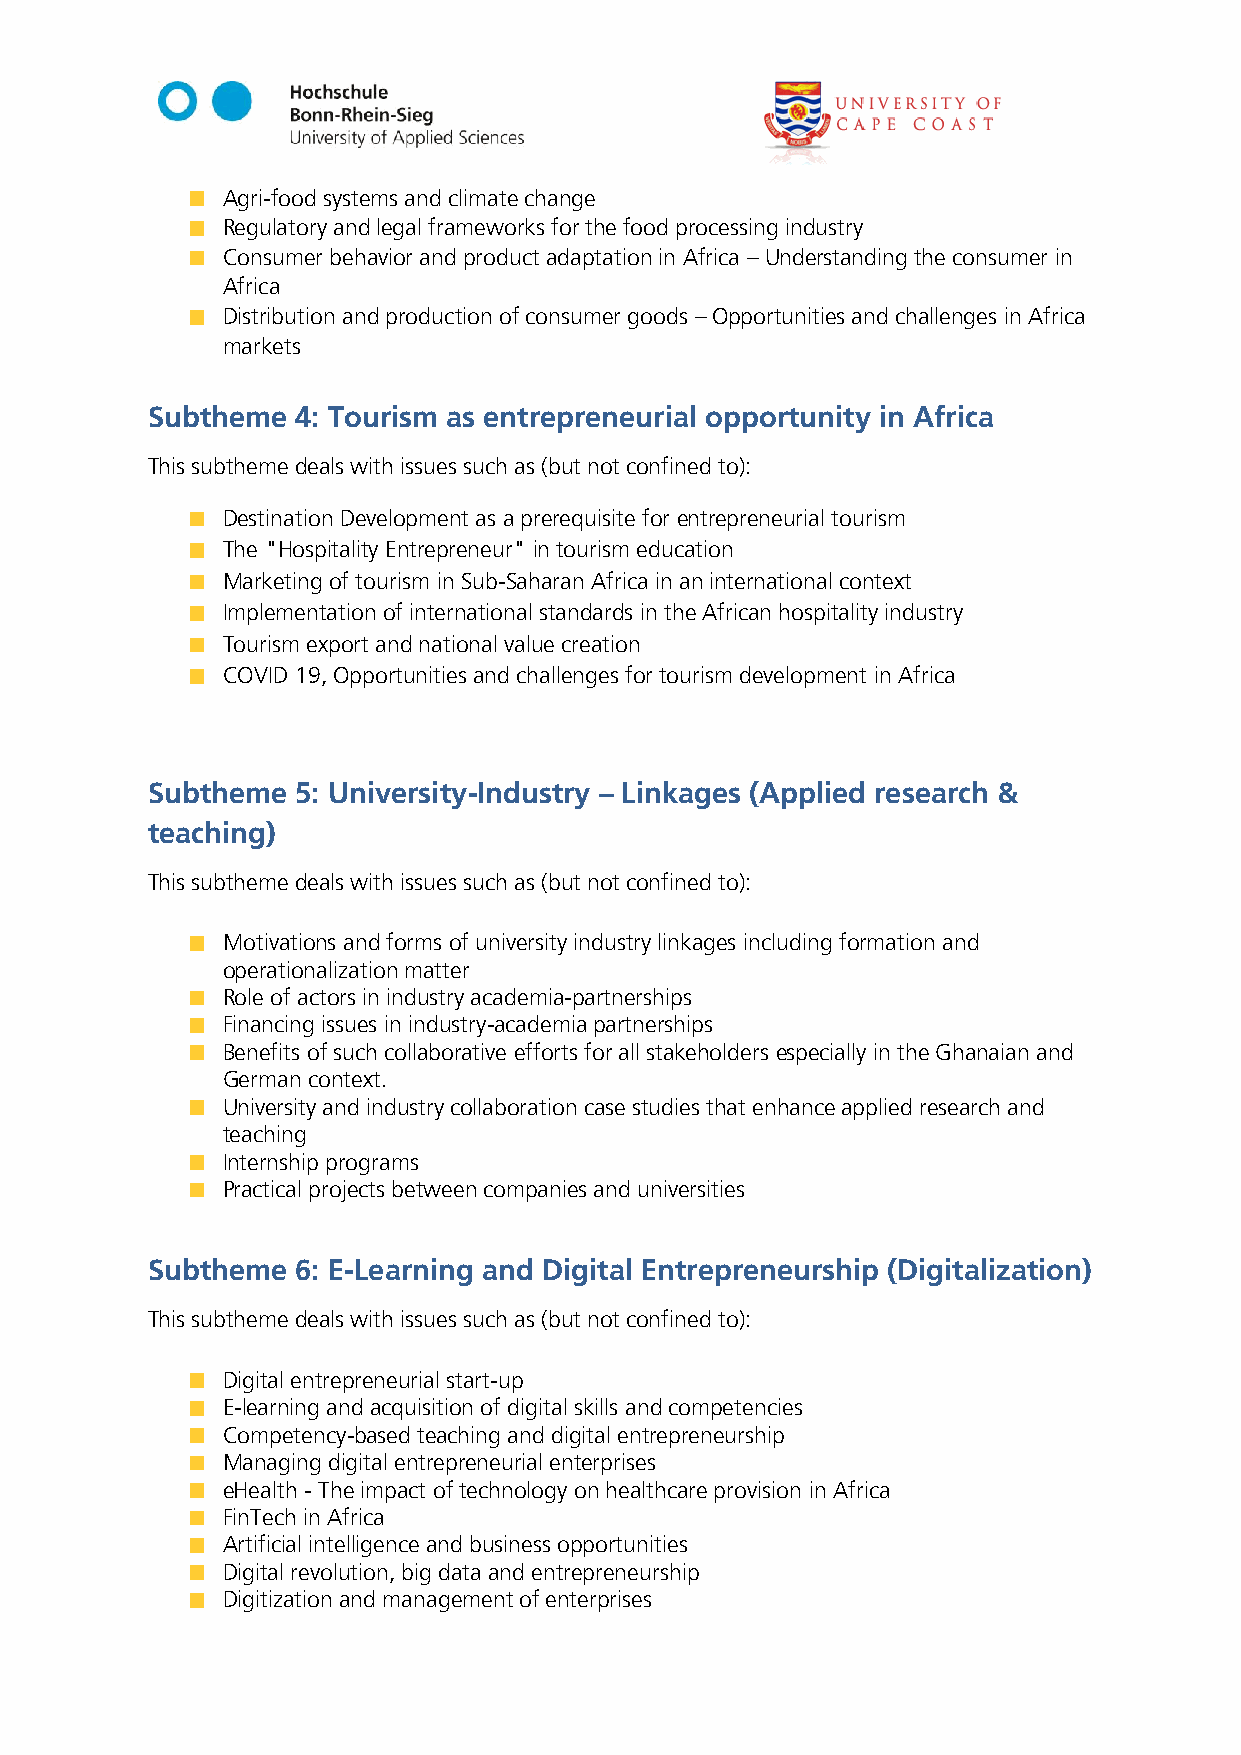
Agri-food systems and climate change
 Regulatory and legal frameworks for the food processing industry
 Consumer behavior and product adaptation in Africa – Understanding the consumer in
 Africa
 Distribution and production of consumer goods – Opportunities and challenges in Africa
 markets
 Subtheme  4: Tourism as entrepreneurial opportunity in Africa
 This subtheme deals with issues such as (but not confined to):
 Destination Development as a prerequisite for entrepreneurial tourism
 The "Hospitality Entrepreneur" in tourism education
 Marketing of tourism in Sub-Saharan Africa in an international context
 Implementation of international standards in the African hospitality industry
 Tourism export and national value creation
 COVID 19, Opportunities and challenges for tourism development in Africa
 Subtheme  5: University-Industry – Linkages (Applied research &
 teaching)
 This subtheme deals with issues such as (but not confined to):
 Motivations and forms of university industry linkages including formation and
 operationalization matter
 Role of actors in industry academia-partnerships
 Financing issues in industry-academia partnerships
 Benefits of such collaborative efforts for all stakeholders especially in the Ghanaian and
 German context.
 University and industry collaboration case studies that enhance applied research and
 teaching
 Internship programs
 Practical projects between companies and universities
 Subtheme  6: E-Learning and Digital Entrepreneurship (Digitalization)
 This subtheme deals with issues such as (but not confined to):
 Digital entrepreneurial start-up
 E-learning and acquisition of digital skills and competencies
 Competency-based teaching and digital entrepreneurship
 Managing digital entrepreneurial enterprises
 eHealth - The impact of technology on healthcare provision in Africa
 FinTech in Africa
 Artificial intelligence and business opportunities
 Digital revolution, big data and entrepreneurship
 Digitization and management of enterprises